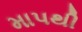
માપથી